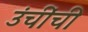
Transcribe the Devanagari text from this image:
उंचींची